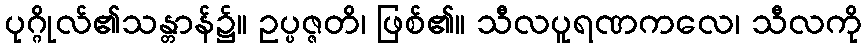
ပုဂ္ဂိုလ်၏သန္တာန်၌။ ဥပ္ပဇ္ဇတိ၊ ဖြစ်၏။ သီလပူရဏကလေ၊ သီလကို